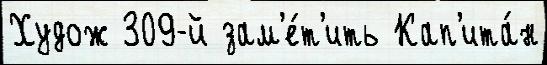
Худож 309-й зам'е́т'ить Кап'ита́н